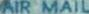
AIR MAIL